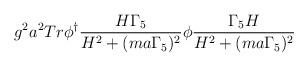
LaTeX: \begin{align*}g^{2}a^{2}Tr\phi^{\dagger}\frac{H\Gamma_{5}}{H^{2}+(ma\Gamma_{5})^{2}}\phi\frac{\Gamma_{5}H}{H^{2}+(ma\Gamma_{5})^{2}}\end{align*}